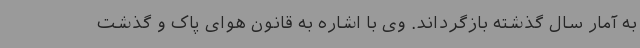
به آمار سال گذشته بازگرداند. وی با اشاره به قانون هوای پاک و گذشت